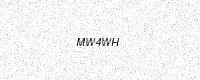
Text: MW4WH